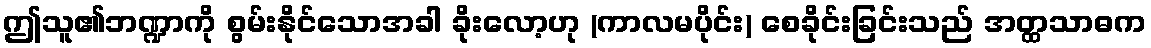
ဤသူ၏ဘဏ္ဍာကို စွမ်းနိုင်သောအခါ ခိုးလော့ဟု (ကာလမပိုင်း) စေခိုင်းခြင်းသည် အတ္ထသာဓက